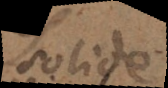
solide